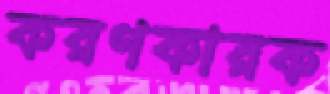
করণকারক